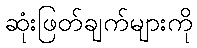
ဆုံးဖြတ်ချက်များကို